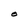
Character: O